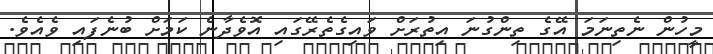
މީހުން ނެތިނަމަ އޭގެ ތިންގުނަ އިތުރަށް ވައިގެތެރޭގައި އޮވެދާނެ ކަމަށް ބުނެފައި ވެއެވެ.